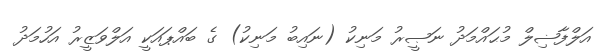
އަލްފާޟިލް މުޙައްމަދު ނަޞީރު މަނިކު (ނައިބު މަނިކު) ގެ ބައްޕައަކީ އަލްވަޒީރު އަހުމަދު